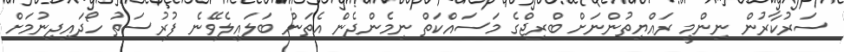
ސަރުކާރުން ނިންމީ ރައްޔިތުންނަށް ބްރިޖްގެ މަސައްކަތް ނިމެންދެން އެތަން ބަލައިލެވޭނެ ފުރުސަތު ހޯދައިދިނުމަށް